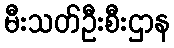
မီးသတ်ဦးစီးဌာန